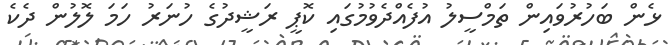
ޅެން ބަހުރުވައިން ތަމްސީލު އުފެއްދެވުމުގައި ކޮޕީ ރަޝީދުގެ ހުނަރު ހަމަ ލޮލުން ދެކެ